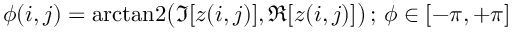
\phi ( i , j ) = \mathrm { a r c t a n 2 } \bigl ( \Im [ z ( i , j ) ] , \Re [ z ( i , j ) ] \bigr ) \, ; \, \phi \in [ - \pi , + \pi ]